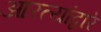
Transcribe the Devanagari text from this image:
आरत्यांद्वारे